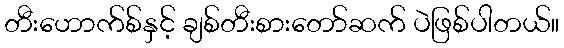
တီးဟောက်စ်နှင့် ချစ်တီးစားတော်ဆက် ပဲဖြစ်ပါတယ်။